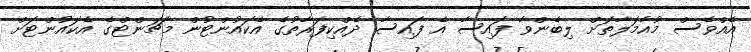
އެއްވެސް މުއާމަލާތަށް ލިބެންވާ ފައިސާ އެ ފައިސާ ދެއްކިފަރާތުގެ އެކައުންޓުން މާޗަންޓްގެ އެކައުންޓަށް